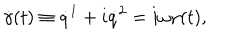
LaTeX: \dot { \gamma } ( t ) \equiv \dot { q } ^ { 1 } + i \dot { q } ^ { 2 } = i \omega \gamma ( t ) ,